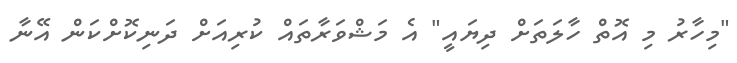
"މިހާރު މި އޮތް ހާލަތަށް ދިޔައީ" އެ މަޝްވަރާތައް ކުރިއަށް ދަނިކޮށްކަން އޭނާ